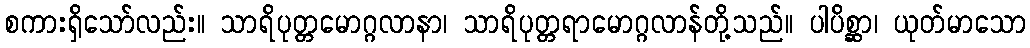
စကားရှိသော်လည်း။ သာရိပုတ္တမောဂ္ဂလာနာ၊ သာရိပုတ္တရာမောဂ္ဂလာန်တို့သည်။ ပါပိစ္ဆာ၊ ယုတ်မာသော